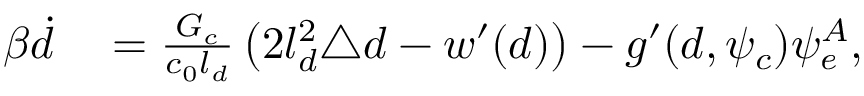
\begin{array} { r l } { \beta \dot { d } } & { { } = \frac { G _ { c } } { c _ { 0 } l _ { d } } \left( 2 l _ { d } ^ { 2 } \triangle { d } - w ^ { \prime } ( d ) \right) - g ^ { \prime } ( d , \psi _ { c } ) \psi _ { e } ^ { A } , } \end{array}